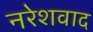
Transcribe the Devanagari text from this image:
नरेशवाद